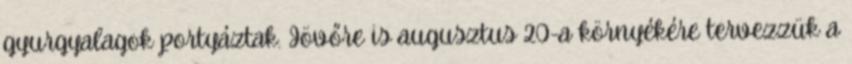
gyurgyalagok portyáztak. Jövőre is augusztus 20-a környékére tervezzük a